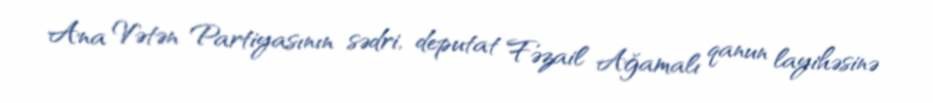
Ana Vətən Partiyasının sədri, deputat Fəzail Ağamalı qanun layihəsinə